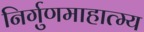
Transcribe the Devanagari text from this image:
निर्गुणमाहात्म्य